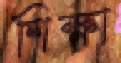
শিক্ষা